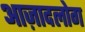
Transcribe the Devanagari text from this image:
आज़ादलोग